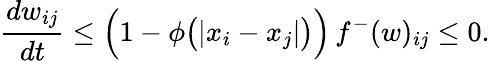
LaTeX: \frac{dw_{ij}}{dt}\leq\Big(1-\phi\big(|x_{i}-x_{j}|\big)\Big)\, f^{-}(w)_{ij}\leq 0.